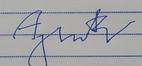
Signature authenticity: forged